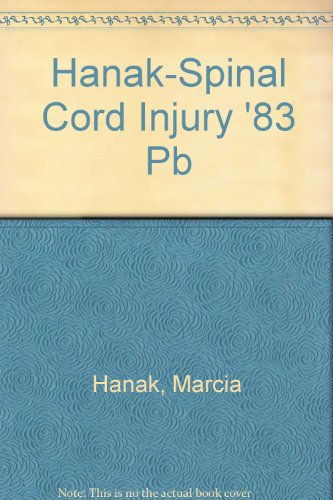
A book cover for Hanak-Spinal Cord Injury '83 Pb; Health, Fitness & Dieting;